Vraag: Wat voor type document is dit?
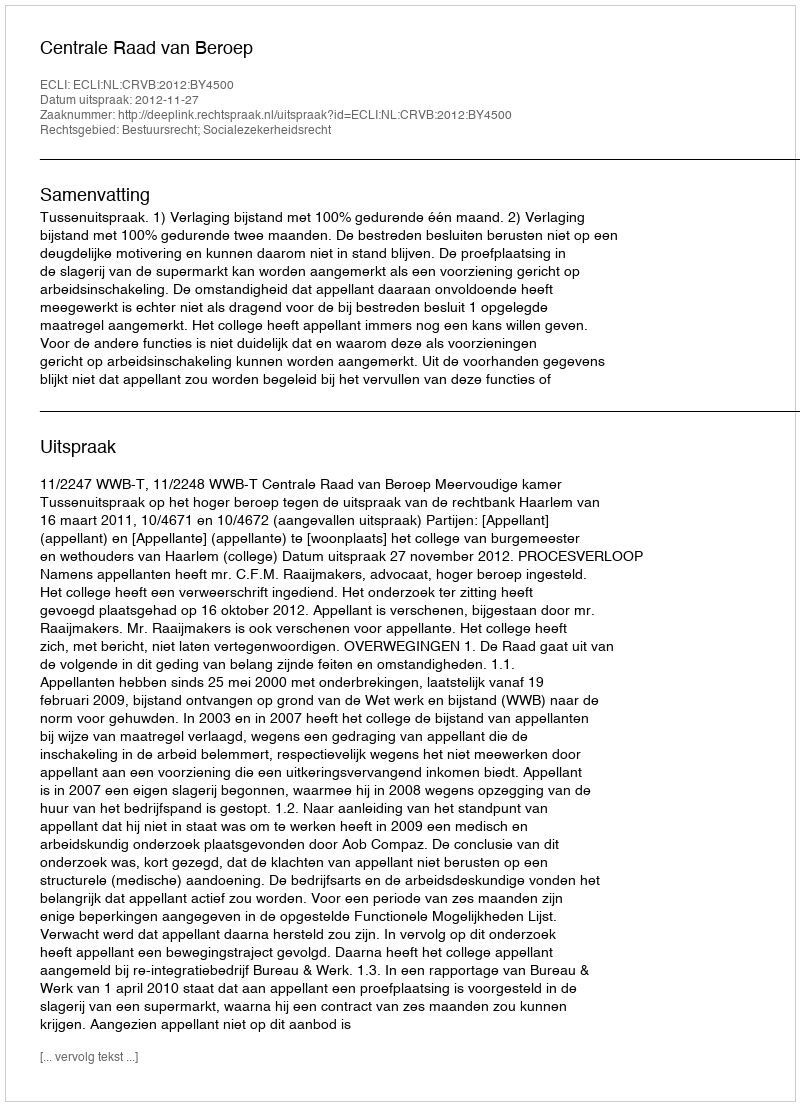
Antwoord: Uitspraak